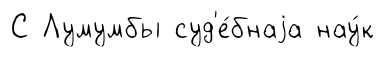
С Лумумбы суд'е́бнаjа нау́к